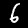
Digit: 6